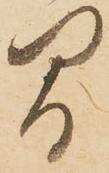
間